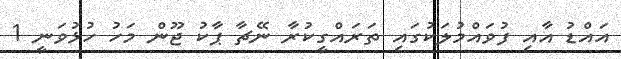
އައްޑު އާއި ފުވައްމުލަކުގައި ތަރައްގީކުރާ ނޭޗާ ޕާކު ޖޫން މަހު ހުޅުވަނީ 1